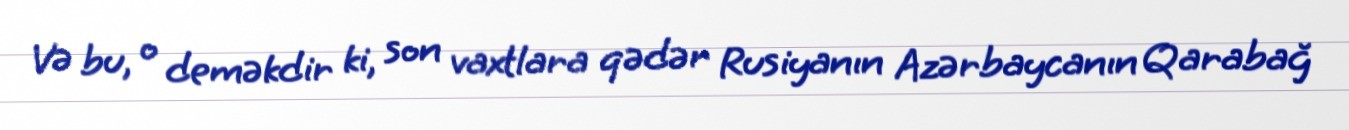
Və bu, o deməkdir ki, son vaxtlara qədər Rusiyanın Azərbaycanın Qarabağ